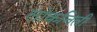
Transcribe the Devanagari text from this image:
लोकनिती